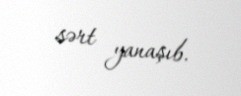
sərt yanaşıb.